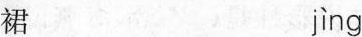
裙 jìng